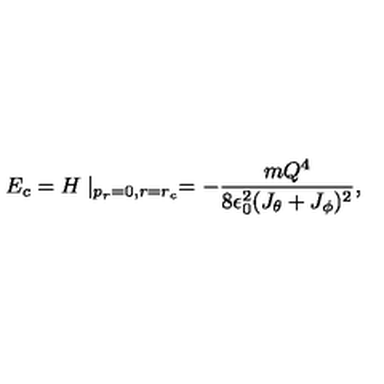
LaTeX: E _ { c } = H \mid _ { p _ { r } = 0 , r = r _ { c } } = - { \frac { m Q ^ { 4 } } { 8 \epsilon _ { 0 } ^ { 2 } ( J _ { \theta } + J _ { \phi } ) ^ { 2 } } } ,